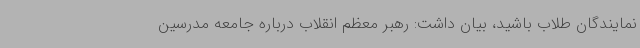
نمایندگان طلاب باشید، بیان داشت: رهبر معظم انقلاب درباره جامعه مدرسین